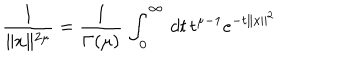
\frac { 1 } { \parallel x \parallel ^ { 2 \mu } } = \frac { 1 } { \Gamma ( \mu ) } \, \int _ { 0 } ^ { \infty } \, d t \, t ^ { \mu - 1 } e ^ { - t \parallel x \parallel ^ { 2 } }